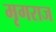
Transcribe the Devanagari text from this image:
मृगराज